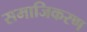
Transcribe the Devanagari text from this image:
समाजिकरण